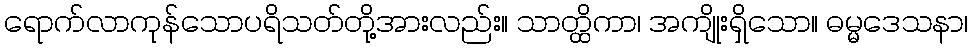
ရောက်လာကုန်သောပရိသတ်တို့အားလည်း။ သာတ္ထိကာ၊ အကျိုးရှိသော။ ဓမ္မဒေသနာ၊